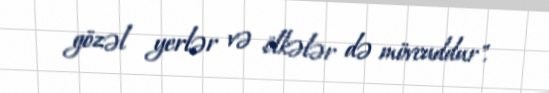
gözəl yerlər və ölkələr də mövcuddur".